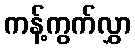
ကန့်ကွက်လွှာ